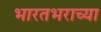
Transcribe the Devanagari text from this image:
भारतभराच्‍या